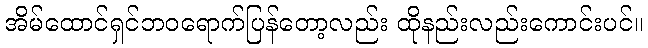
အိမ်ထောင်ရှင်ဘဝရောက်ပြန်တော့လည်း ထိုနည်းလည်းကောင်းပင်။